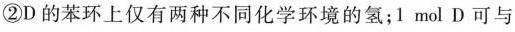
②D的苯环上仅有两种不同化学环境的氢；1mol D可与